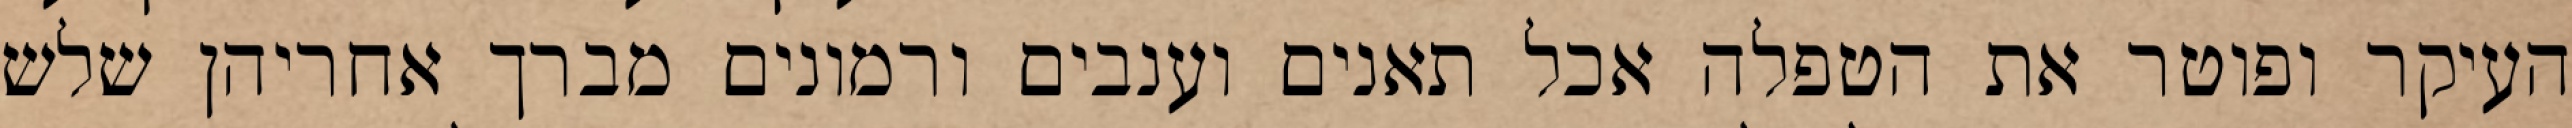
העיקר ופוטר את הטפלה אכל תאנים וענבים ורמונים מברך אחריהן שלש